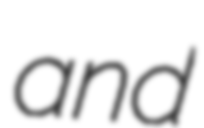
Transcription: and